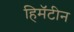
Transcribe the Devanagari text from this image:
हिमॅटीन